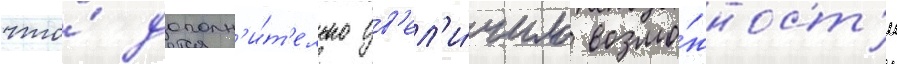
что́ дополн'и́т'ельно ув'ел'и́чило возмо́жност'и